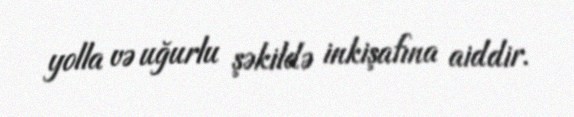
yolla və uğurlu şəkildə inkişafına aiddir.